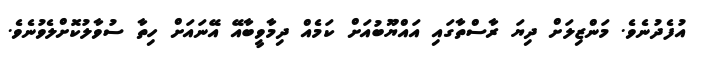
އުފެދުނެވެ. މަންޒިލަށް ދިޔަ ރާސްތާގައި އައްޔޫބުއަށް ކަމެއް ދިމާވީބާއޭ އޭނައަށް ހިތާ ސުވާލުކޮށްލެވުނެވެ.